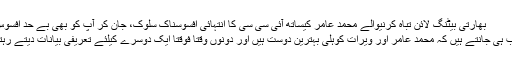
بھارتی بیٹنگ لائن تباہ کرنیوالے محمد عامر کیساتھ آئی سی سی کا انتہائی افسوسناک سلوک، جان کر آپ کو بھی بے حد افسوس ہو گا
یہ تو تب ہی جانتے ہیں کہ محمد عامر اور ویرات کوہلی بہترین دوست ہیں اور دونوں وقتاً فوقتاً ایک دوسرے کیلئے تعریفی بیانات دیتے رہتے ہیں۔